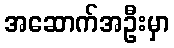
အဆောက်အဦးမှာ